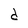
Character: d